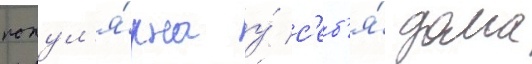
попул'я́рна у́ с'еб'я́ дома